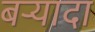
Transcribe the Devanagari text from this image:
बर्‍यादा